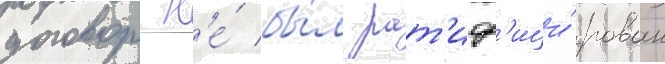
договор н'е́ бы́л рат'иф'ици́рован